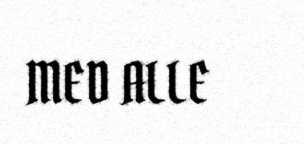
MED ALLE